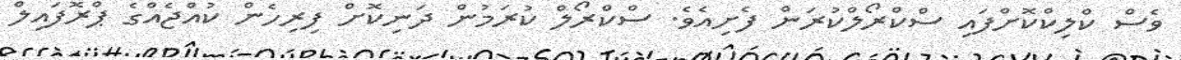
ވެސް ކްލިކްކޮށްފައި ސްކްރޯލްކުރަން ފެށިއެވެ. ސްކްރޯލް ކުރަމުން ދަނިކޮށް ފިރިހެން ކުއްޖެއްގެ ޕްރޮފައިލް